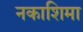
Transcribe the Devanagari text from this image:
नकाशिमा